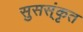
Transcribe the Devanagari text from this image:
सुसस्ंकृत